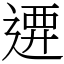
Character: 𨔰